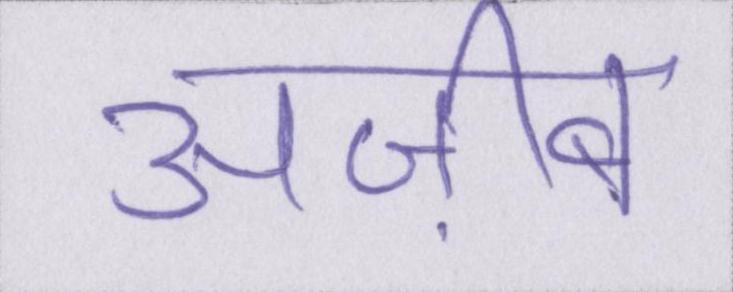
अज़ीब